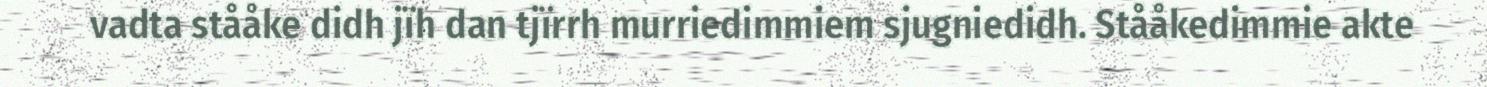
vadta stååke didh jïh dan tjïrrh murriedimmiem sjugniedidh. Stååkedimmie akte